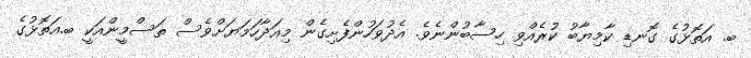
ބ. އަތޮޅުގެ ގޮނޑި ކާމިޔާބު ކުރެއްވި ހިސާބުންނެވެ. އެދުވަހުންފެށިގެން މިއަދާހަމަޔަށްވެސް ތަސްމީންއަކީ ބ.އަތޮޅުގެ